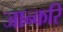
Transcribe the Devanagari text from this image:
जान्करि